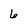
Character: 6